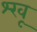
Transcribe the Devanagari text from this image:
श्खू